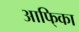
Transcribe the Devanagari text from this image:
आफि्का